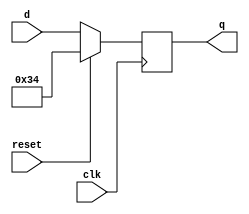
module top_module (
    input clk,
    input reset,
    input [7:0] d,
    output [7:0] q
);
    always @(negedge clk)
        if(reset)
            q<=(6'h34);
    	else
            q<=d;
endmodule